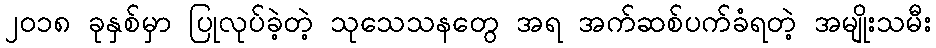
၂၀၁၈ ခုနှစ်မှာ ပြုလုပ်ခဲ့တဲ့ သုသေသနတွေ အရ အက်ဆစ်ပက်ခံရတဲ့ အမျိုးသမီး